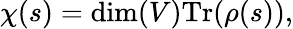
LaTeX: \chi(s)=\dim(V){\mathrm{Tr}}(\rho(s)),